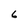
Character: 6